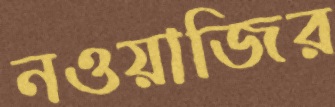
নওয়াজির